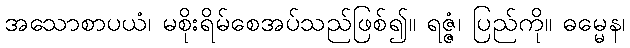
အသောစာပယံ၊ မစိုးရိမ်စေအပ်သည်ဖြစ်၍။ ရဇ္ဇံ၊ ပြည်ကို။ ဓမ္မေန၊